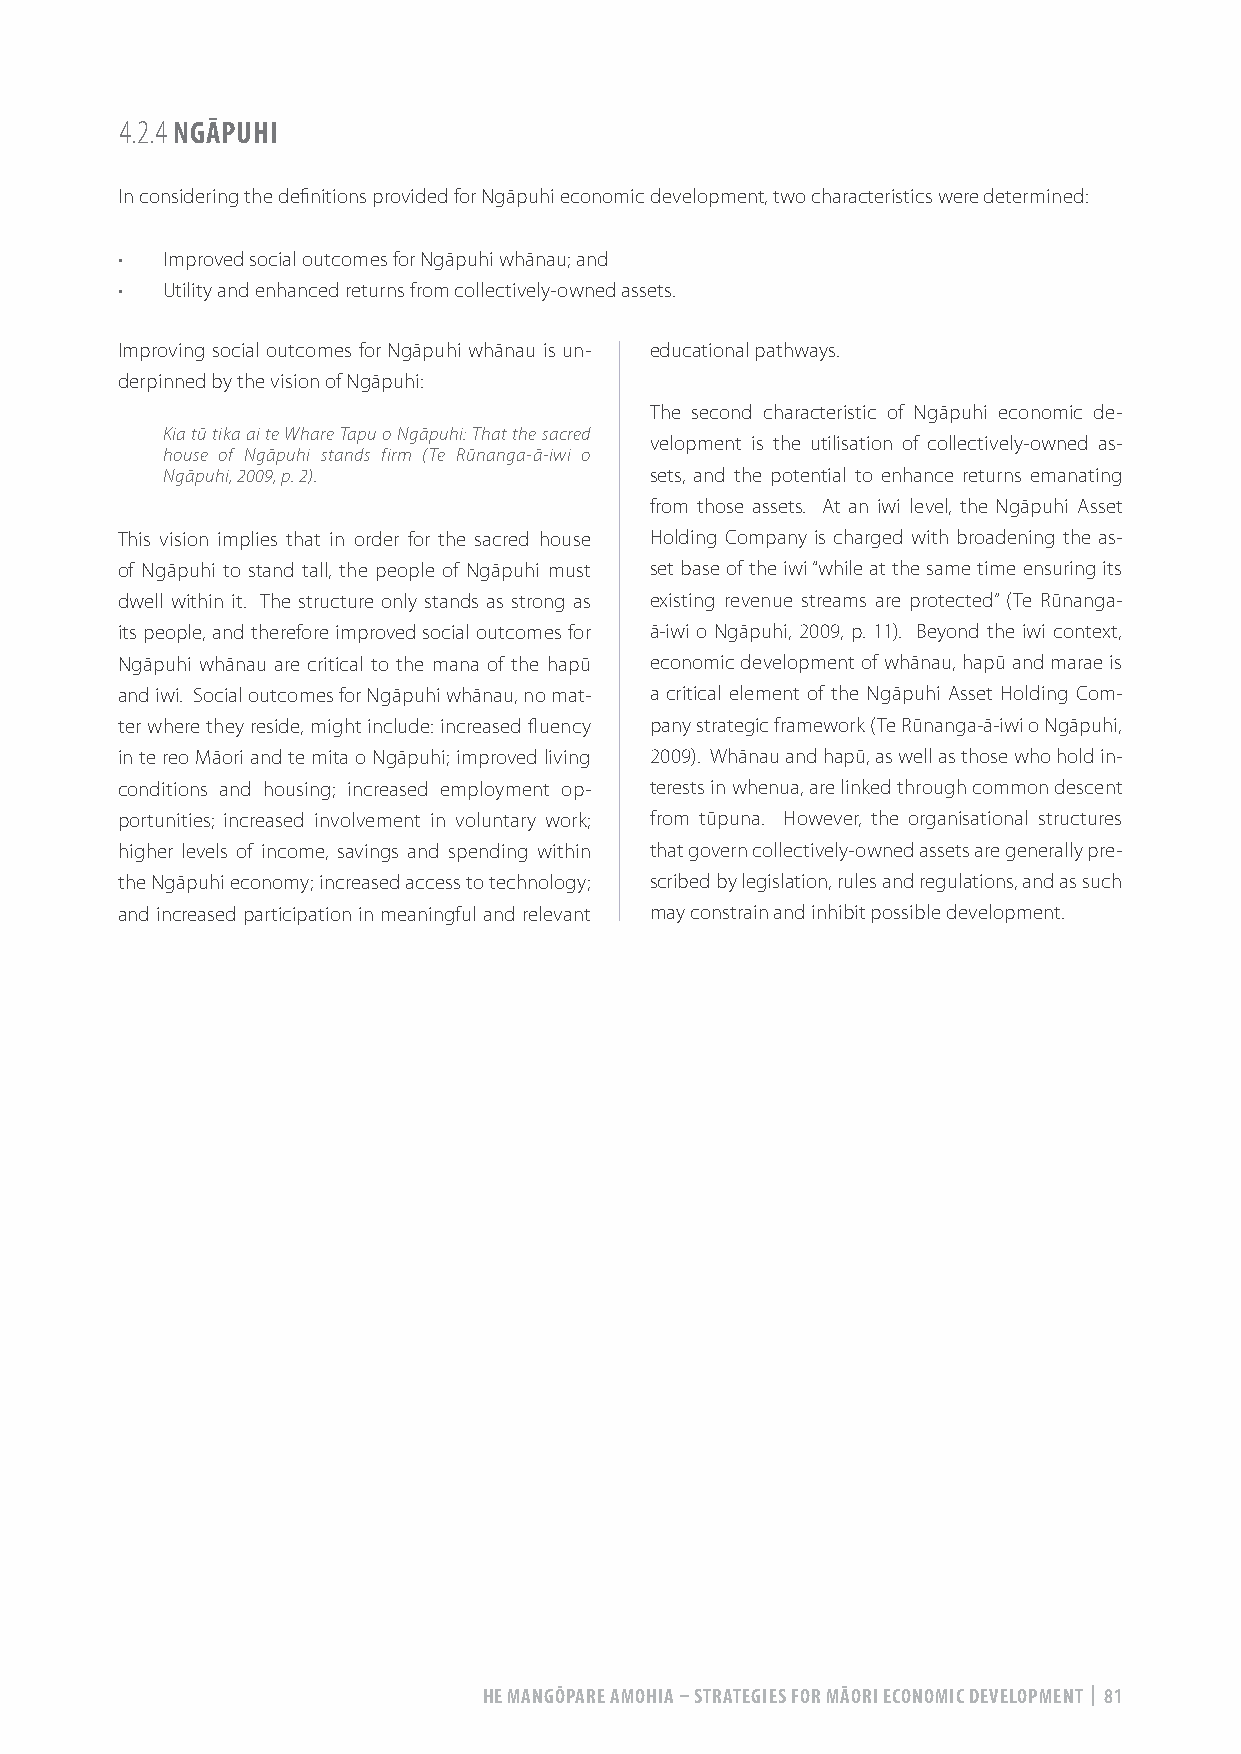
4.2.4 NGĀPUHI
 In considering the definitions provided for Ngāpuhi economic development, two characteristics were determined:
 •  Improved social outcomes for Ngāpuhi whānau; and
 •  Utility and enhanced returns from collectively-owned assets.
 Improving social outcomes for Ngāpuhi whānau is un- educational pathways.
 derpinned by the vision of Ngāpuhi:
 The second characteristic of Ngāpuhi economic de-
 Kia tū tika ai te Whare Tapu o Ngāpuhi: That the sacred
 velopment is the utilisation of collectively-owned as-
 house of Ngāpuhi stands firm (Te Rūnanga-ā-iwi o
 Ngāpuhi, 2009, p. 2).           sets, and the potential to enhance returns emanating
 from those assets. At an iwi level, the Ngāpuhi Asset
 This vision implies that in order for the sacred house Holding Company is charged with broadening the as-
 of Ngāpuhi to stand tall, the people of Ngāpuhi must set base of the iwi “while at the same time ensuring its
 dwell within it. The structure only stands as strong as existing revenue streams are protected” (Te Rūnanga-
 its people, and therefore improved social outcomes for ā-iwi o Ngāpuhi, 2009, p. 11). Beyond the iwi context,
 Ngāpuhi whānau are critical to the mana of the hapū economic development of whānau, hapū and marae is
 and iwi. Social outcomes for Ngāpuhi whānau, no mat- a critical element of the Ngāpuhi Asset Holding Com-
 ter where they reside, might include: increased fluency pany strategic framework (Te Rūnanga-ā-iwi o Ngāpuhi,
 in te reo Māori and te mita o Ngāpuhi; improved living 2009). Whānau and hapū, as well as those who hold in-
 conditions and housing; increased employment op- terests in whenua, are linked through common descent
 portunities; increased involvement in voluntary work; from tūpuna. However, the organisational structures
 higher levels of income, savings and spending within that govern collectively-owned assets are generally pre-
 the Ngāpuhi economy; increased access to technology; scribed by legislation, rules and regulations, and as such
 and increased participation in meaningful and relevant may constrain and inhibit possible development.
 HE MANGŌPARE AMOHIA – STRATEGIES FOR MĀORI ECONOMIC DEVELOPMENT | 81